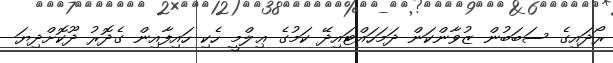
ރޯދައިގެ ސަބަބުން ޒުވާންކަން ދަމަހައްޓައިދޭ ކަމުގެ ޢިލްމީ ހެކި ހައިފާއިން ގެދޮރު ދޫކޮށްދިޔަ